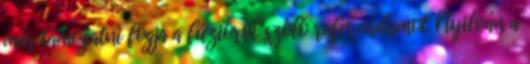
már támogatni fogja a fúzióról szóló referendumot. Nyilván a